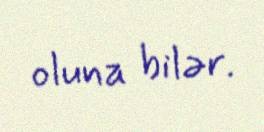
oluna bilər.